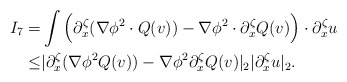
\begin{align*}I_7=&\int \Big(\partial^\zeta_x(\nabla \phi^2 \cdot Q(v))-\nabla \phi^2 \cdot \partial^\zeta_x Q(v)\Big)\cdot \partial^\zeta_x u\\\leq &|\partial^\zeta_x(\nabla \phi^2 Q(v))-\nabla \phi^2 \partial^\zeta_x Q(v)|_2|\partial^\zeta_x u|_2.\end{align*}